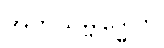
အဘိသမ္ဗုဒ္ဓေါတိ